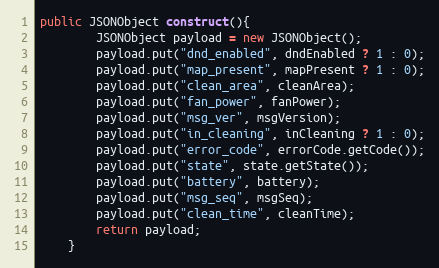
Language: Java
public JSONObject construct(){
        JSONObject payload = new JSONObject();
        payload.put("dnd_enabled", dndEnabled ? 1 : 0);
        payload.put("map_present", mapPresent ? 1 : 0);
        payload.put("clean_area", cleanArea);
        payload.put("fan_power", fanPower);
        payload.put("msg_ver", msgVersion);
        payload.put("in_cleaning", inCleaning ? 1 : 0);
        payload.put("error_code", errorCode.getCode());
        payload.put("state", state.getState());
        payload.put("battery", battery);
        payload.put("msg_seq", msgSeq);
        payload.put("clean_time", cleanTime);
        return payload;
    }